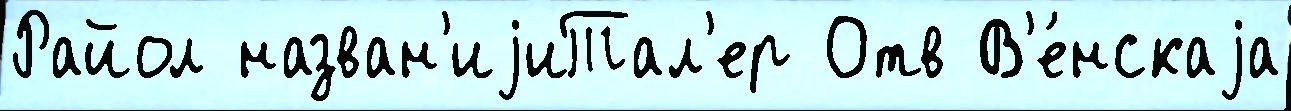
Райол назван'иjиТал'ер Отв В'е́нскаjа